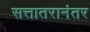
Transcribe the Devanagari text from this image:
सत्तातरानंतर